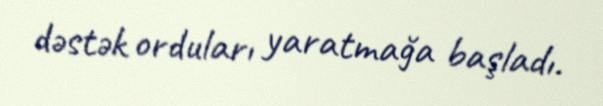
dəstək orduları yaratmağa başladı.